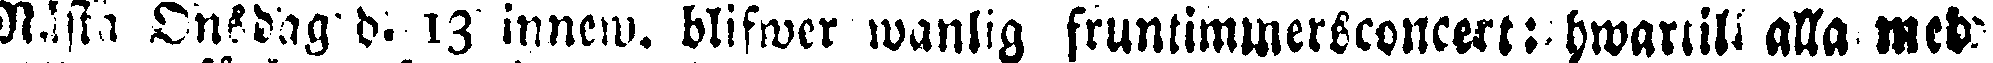
Nästa Onsdag d. 13 innew. blifwer wanlig fruntimmersconcert: hwarsil alla med